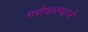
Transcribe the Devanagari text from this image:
गणेशस्थाने